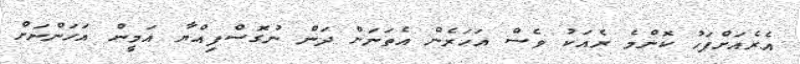
އެރެއަށްފަހު ކޮންމެ ރެއަކު ވެސް އަހަރެން އެތަނަށް ދަން ނުގޮސްފިއްޔާ އަމީން އަހަންނަށް